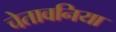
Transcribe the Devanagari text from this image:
चेतावनिया